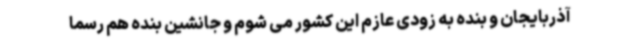
آذربایجان و بنده به زودی عازم این کشور می شوم و جانشین بنده هم رسما